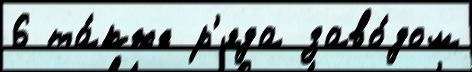
6 та́кже р'яда заво́дом